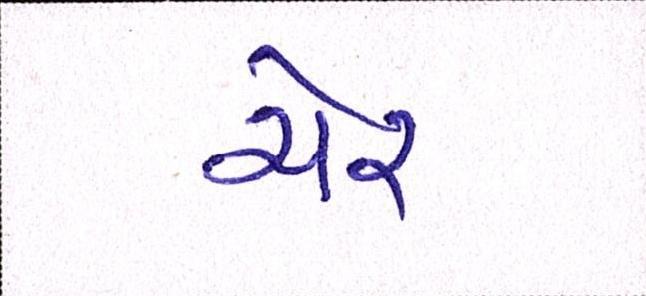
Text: ચેર